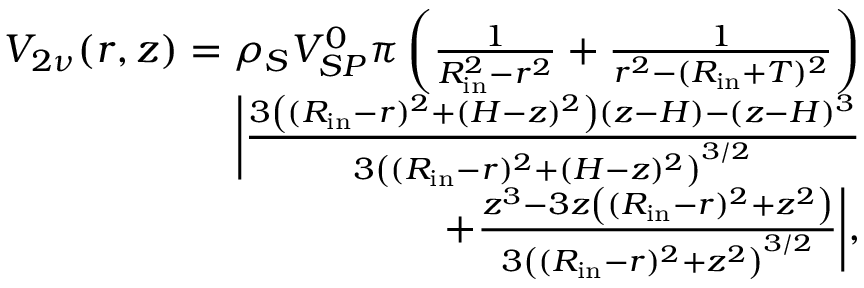
\begin{array} { r } { V _ { 2 \nu } ( r , z ) = \rho _ { S } V _ { S P } ^ { 0 } \pi \left( \frac { 1 } { R _ { \mathrm { i n } } ^ { 2 } - r ^ { 2 } } + \frac { 1 } { r ^ { 2 } - ( R _ { \mathrm { i n } } + T ) ^ { 2 } } \right) } \\ { \bigg \lvert \frac { 3 \left( ( R _ { \mathrm { i n } } - r ) ^ { 2 } + ( H - z ) ^ { 2 } \right) ( z - H ) - ( z - H ) ^ { 3 } } { 3 \left( ( R _ { \mathrm { i n } } - r ) ^ { 2 } + ( H - z ) ^ { 2 } \right) ^ { 3 / 2 } } } \\ { + \frac { z ^ { 3 } - 3 z \left( ( R _ { \mathrm { i n } } - r ) ^ { 2 } + z ^ { 2 } \right) } { 3 \left( ( R _ { \mathrm { i n } } - r ) ^ { 2 } + z ^ { 2 } \right) ^ { 3 / 2 } } \bigg \rvert , } \end{array}